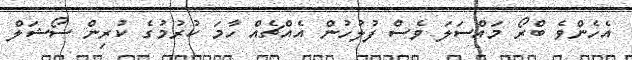
އެހެންވެ ބްރޯ މައްސަލަ ވެސް ފުލުހުން އެއްޗެެއް ހާމަ ކުރުމުގެ ކުރިން ސޯޝަލް